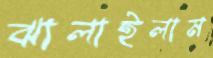
ঝালাইলাম